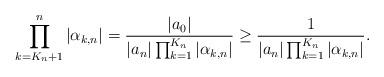
LaTeX: \begin{align*} \prod_{k=K_n+1}^n |\alpha_{k,n}| = \frac{|a_0|}{|a_n|\prod_{k=1}^{K_n} |\alpha_{k,n}|} \ge \frac{1}{|a_n|\prod_{k=1}^{K_n} |\alpha_{k,n}|}.\end{align*}